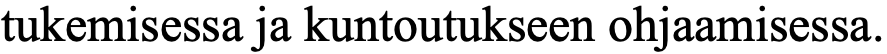
tukemisessa ja kuntoutukseen ohjaamisessa.